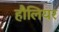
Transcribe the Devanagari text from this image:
हौलियर